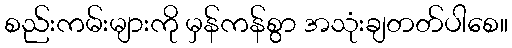
စည်းကမ်းများကို မှန်ကန်စွာ အသုံးချတတ်ပါစေ။